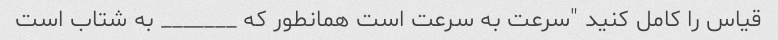
قیاس را کامل کنید "سرعت به سرعت است همانطور که _______ به شتاب است